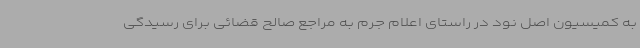
به کمیسیون اصل نود در راستای اعلام جرم به مراجع صالح قضائی برای رسیدگی